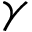
\gamma